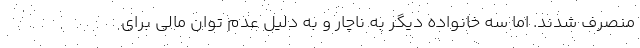
منصرف شدند. اما سه خانواده دیگر به ناچار و به دلیل عدم توان مالی برای